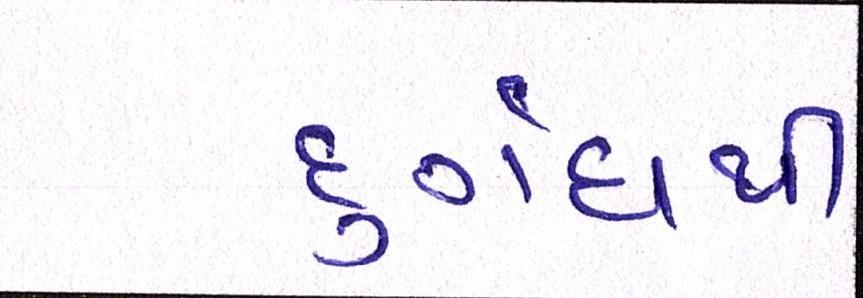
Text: દુર્ગંધથી